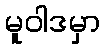
မူဝါဒမှာ